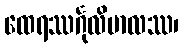
ထေရဿင်္ဂုလိမာလဿ၊